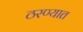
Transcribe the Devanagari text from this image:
ठरण्यात